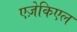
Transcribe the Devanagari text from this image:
एज़ेकिएल